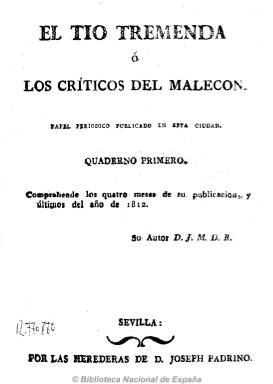
Título: El Tío Tremenda o Los Críticos del Malecón
Otros títulos: Los Críticos del Malecón
Colección: Periódicos anteriores a 1850
Ámbito geográfico: Sevilla
Lugar de publicación: Sevilla
Fechas: 01/01/1812-31/12/1823

Tras la salida de las tropas francesas de Sevilla, empezarán a publicarse en esta ciudad una serie de periódicos absolutistas. Este es el caso de este satírico de carácter servil, cuyo título hace mención a una famosa tertulia popular que se reunía en el barrio hispalense del Malecón. Empieza a ser publicado a partir del primero de septiembre de 1812 y es un bisemanario (sale los miércoles y sábados), en números de cuatro páginas, estampado por la Imprenta de las Herederas de José Padrino. Su fundador y único redactor es uno de los más destacados escritores antiliberales de la época, el abogado sevillano José María Díaz del Río.

Son textos de carácter político escritos con lenguaje popular, a modo de diálogos entre El Tío Tremenda, Epidémico y Castaña, en los que no sólo se ataca a los invasores sino a los liberales y constitucionalistas españoles, siendo uno de sus temas preferidos, precisamente, el de la libertad de imprenta o expresión, pero también ataca a la francmasonería y defiende instituciones derogadas como la Inquisición.

Esta colección comienza con los números 1 a 98 y a continuación, con el cuaderno tercero, se reinicia la numeración. A fin de ordenar correctamente los ejemplares se les ha asignado, a partir del ejemplar n. 99, una numeración ficticia, aunque se indica en nota la numeración real.

Algunos números de esta publicación vienen acompañados de suplementos, cartas e índices temáticos. Se publicó hasta finales de agosto de 1814, ya “con licencia del excelentísimo señor capitán general”.

En 1823 reaparecerá, saliendo, “con licencia”, de la Imprenta de doña María del Carmen Padrino. En esta segunda época pudo llegar a editar hasta 24 números, en cuadernos de ocho páginas.